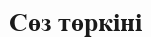
Сөз төркіні